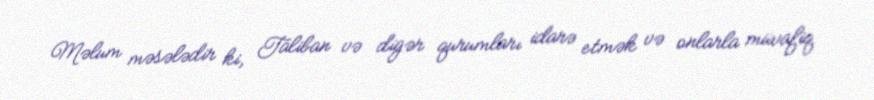
Məlum məsələdir ki, Taliban və digər qurumları idarə etmək və onlarla müvafiq